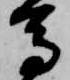
馬